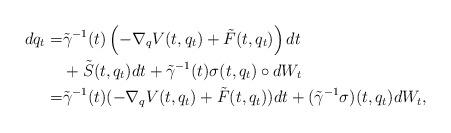
LaTeX: \begin{align*}dq_t=&\tilde\gamma^{-1}(t)\left(-\nabla_qV(t,q_t)+\tilde F(t,q_t)\right) dt\\& +\tilde S(t,q_t)dt+\tilde\gamma^{-1}(t)\sigma(t,q_t)\circ dW_t\\=&\tilde \gamma^{-1}(t)(-\nabla_q V(t,q_t)+\tilde F(t,q_t))dt+(\tilde\gamma^{-1}\sigma)(t,q_t)dW_t,\end{align*}